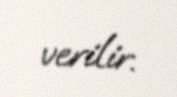
verilir.